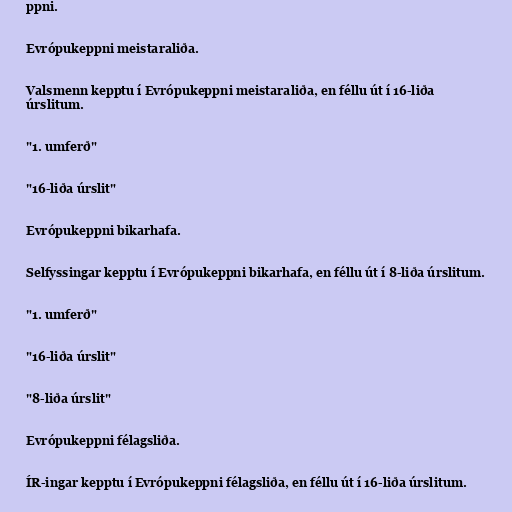
ppni.

Evrópukeppni meistaraliða.

Valsmenn kepptu í Evrópukeppni meistaraliða, en féllu út í 16-liða
úrslitum.

"1. umferð"

"16-liða úrslit"

Evrópukeppni bikarhafa.

Selfyssingar kepptu í Evrópukeppni bikarhafa, en féllu út í 8-liða úrslitum.

"1. umferð"

"16-liða úrslit"

"8-liða úrslit"

Evrópukeppni félagsliða.

ÍR-ingar kepptu í Evrópukeppni félagsliða, en féllu út í 16-liða úrslitum.